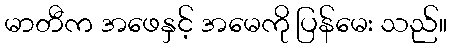
မာတီက အဖေနှင့် အမေကို ပြန်မေး သည်။